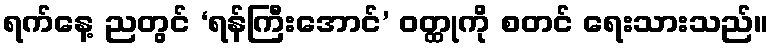
ရက်နေ့ ညတွင် ‘ရန်ကြီးအောင်’ ဝတ္ထုကို စတင် ရေးသားသည်။